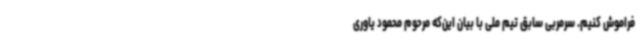
فراموش کنیم. سرمربی سابق تیم ملی با بیان این‌که مرحوم محمود یاوری